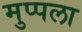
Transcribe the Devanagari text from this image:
मुप्पला